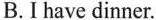
B.Ihave dinner.